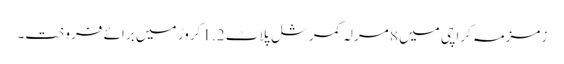
زمزمہ کراچی میں 8 مرلہ کمرشل پلاٹ 1.2 کروڑ میں برائے فروخت۔